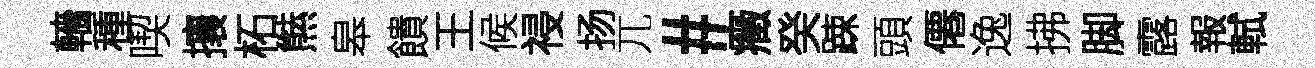
轖種喫攘柘㷱皋饋王候祲扬兀#癥癸踈頭僊逸拂脚露報軾